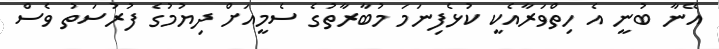
އޭނާ ބުނީ އެ ހިތްވަރާއެކީ ކުޅެފިނަމަ މުބާރާތުގެ ސެމީއަށް ދިޔުމުގެ ފުރުސަތު ވެސް